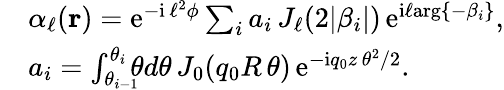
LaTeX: \begin{array}{rl}&{\alpha_{\ell}({\mathbf r})=\mathrm{e}^{-\mathrm{i}\, \ell^{2}\phi}\sum_{i}a_{i}\, J_{\ell}(2|\beta_{i}|)\, \mathrm{e}^{\mathrm{i}\ell\mathrm{arg}\{ -\beta_{i}\} },}\\ &{a_{i}=\int_{\theta_{i-1}}^{\theta_{i}}\! \! \! \theta d\theta\, J_{0}(q_{0}R\, \theta)\, \mathrm{e}^{-\mathrm{i}q_{0}z\, \theta^{2}/2}.}\end{array}